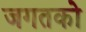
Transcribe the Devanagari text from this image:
जगतको